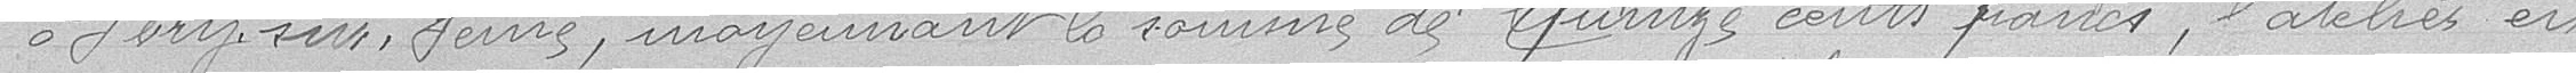
à Morge sur Seine, moyennant la somme de quinze cent francs, l'atelier en